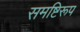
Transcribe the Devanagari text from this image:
समष्टिरूप